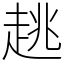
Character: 趒